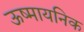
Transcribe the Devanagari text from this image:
ऊष्मायनिक